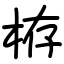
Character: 栫